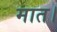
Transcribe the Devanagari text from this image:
मात।